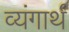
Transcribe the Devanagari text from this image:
व्यंगार्थ